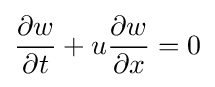
{\frac {\partial w}{\partial t}}+u{\frac {\partial w}{\partial x}}=0